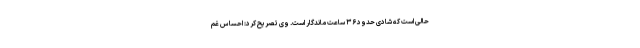
حالی است که شادی حدود ۳۶ ساعت ماندگار است. وی تصریح کرد: احساس غم